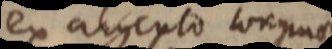
ex argento congruae